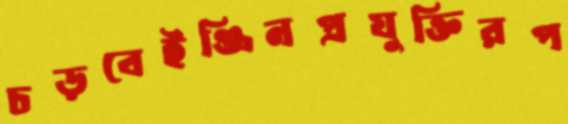
চড়বেইঞ্জিনপ্রযুক্তিরপ